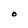
Character: O